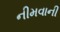
નીમવાની